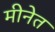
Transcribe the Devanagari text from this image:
मीनेत